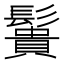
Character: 䰎